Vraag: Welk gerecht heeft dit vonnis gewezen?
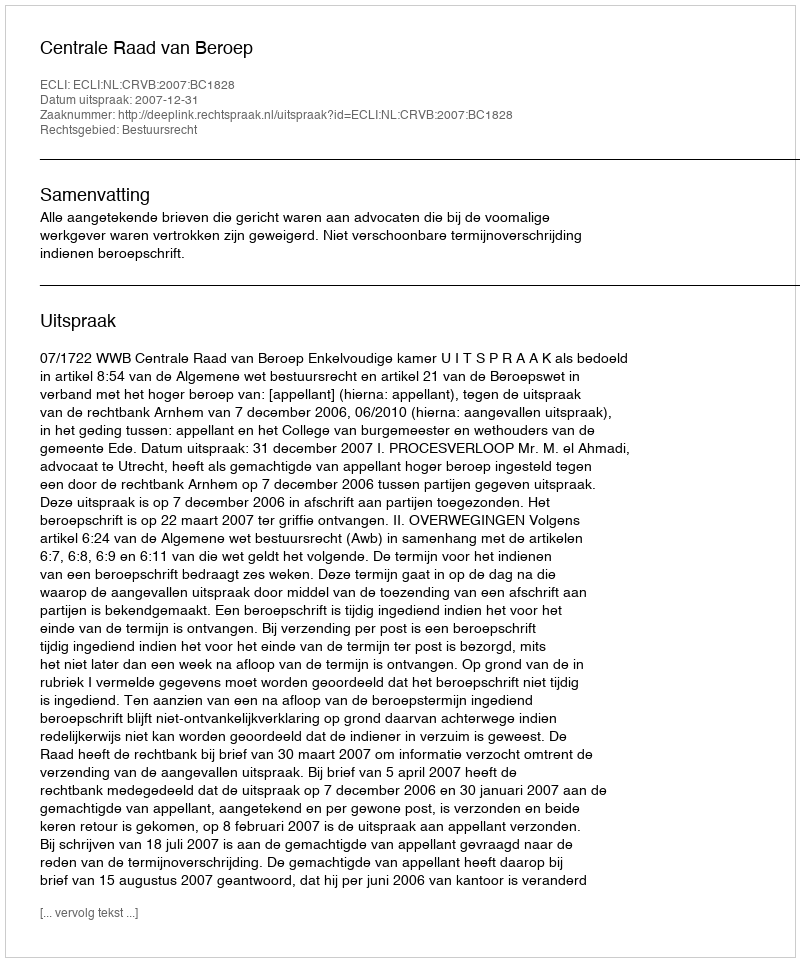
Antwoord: Centrale Raad van Beroep